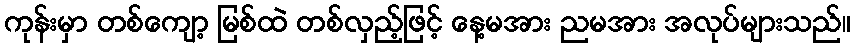
ကုန်းမှာ တစ်ကျော့ မြစ်ထဲ တစ်လှည့်ဖြင့် နေ့မအား ညမအား အလုပ်များသည်။